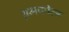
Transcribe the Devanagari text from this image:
ब्रमफील्ड